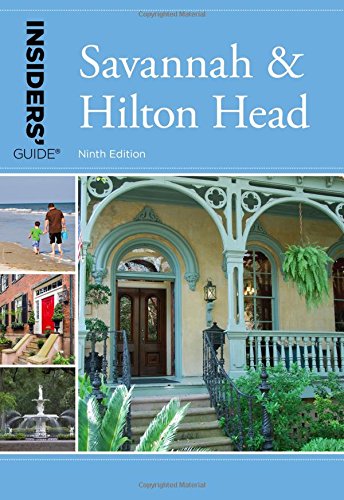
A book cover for Insiders' GuideÂ® to Savannah & Hilton Head (Insiders' Guide Series); Georgia Byrd; Travel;